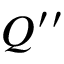
\boldsymbol { Q } ^ { \prime \prime }